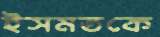
ইসমতকে